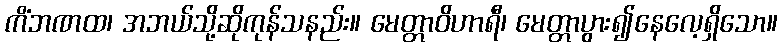
ကိံဘဏထ၊ အဘယ်သို့ဆိုကုန်သနည်း။ မေတ္တာဝိဟာရီ၊ မေတ္တာပွား၍နေလေ့ရှိသော။